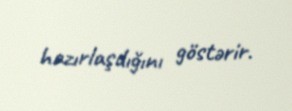
hazırlaşdığını göstərir.